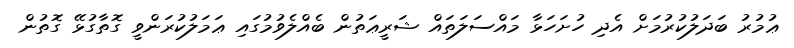
ޢުމުރު ބަދަލުކުރުމަށް އެދި ހުށަހަޅާ މައްސަލަތައް ޝަރީޢަތުން ބެއްލެވުމުގައި ޢަމަލުކުރަންވީ ގޮތާގުޅޭ ގޮތުން